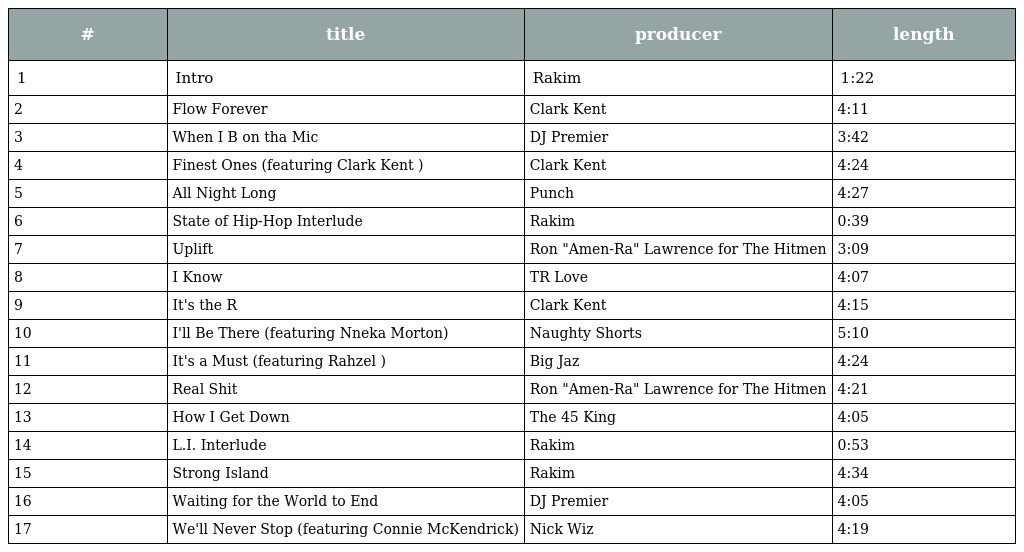
| # | title | producer | length |
 | --- | --- | --- | --- |
 | 1 | Intro | Rakim | 1:22 |
 | 2 | Flow Forever | Clark Kent | 4:11 |
 | 3 | When I B on tha Mic | DJ Premier | 3:42 |
 | 4 | Finest Ones (featuring Clark Kent ) | Clark Kent | 4:24 |
 | 5 | All Night Long | Punch | 4:27 |
 | 6 | State of Hip-Hop Interlude | Rakim | 0:39 |
 | 7 | Uplift | Ron "Amen-Ra" Lawrence for The Hitmen | 3:09 |
 | 8 | I Know | TR Love | 4:07 |
 | 9 | It's the R | Clark Kent | 4:15 |
 | 10 | I'll Be There (featuring Nneka Morton) | Naughty Shorts | 5:10 |
 | 11 | It's a Must (featuring Rahzel ) | Big Jaz | 4:24 |
 | 12 | Real Shit | Ron "Amen-Ra" Lawrence for The Hitmen | 4:21 |
 | 13 | How I Get Down | The 45 King | 4:05 |
 | 14 | L.I. Interlude | Rakim | 0:53 |
 | 15 | Strong Island | Rakim | 4:34 |
 | 16 | Waiting for the World to End | DJ Premier | 4:05 |
 | 17 | We'll Never Stop (featuring Connie McKendrick) | Nick Wiz | 4:19 |